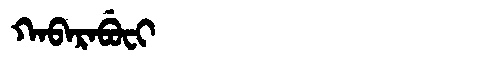
Manchu: ᡴᠠᠪᠠᡵᠠᠪᡠᠸᡳ
Romanization: KABARABUFI